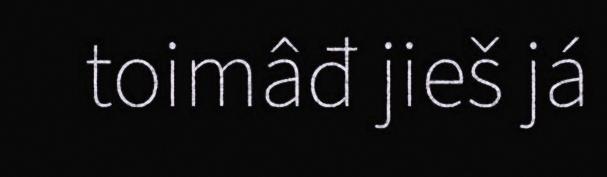
toimâđ jieš já